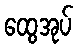
ထွေအုပ်